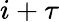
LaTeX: i+\tau